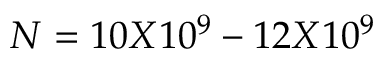
N = 1 0 X 1 0 ^ { 9 } - 1 2 X 1 0 ^ { 9 }